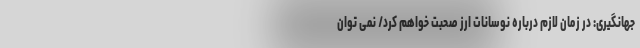
جهانگیری: در زمان لازم درباره نوسانات ارز صحبت خواهم کرد/ نمی توان